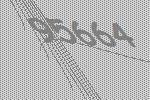
95664